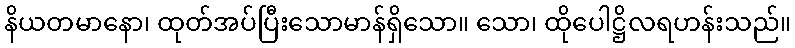
နိယတမာနော၊ ထုတ်အပ်ပြီးသောမာန်ရှိသော။ သော၊ ထိုပေါဋ္ဌိလရဟန်းသည်။